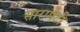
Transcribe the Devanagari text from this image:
सारामेटी